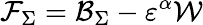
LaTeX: \mathcal{F}_{\Sigma}=\mathcal{B}_{\Sigma}-\varepsilon^{\alpha}\mathcal{W}